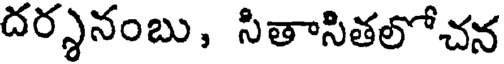
దర్శనంబు, సితాసితలోచన